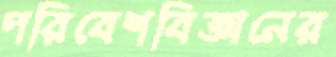
পরিবেশবিজ্ঞানের